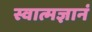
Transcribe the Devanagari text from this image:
स्वात्मज्ञानं